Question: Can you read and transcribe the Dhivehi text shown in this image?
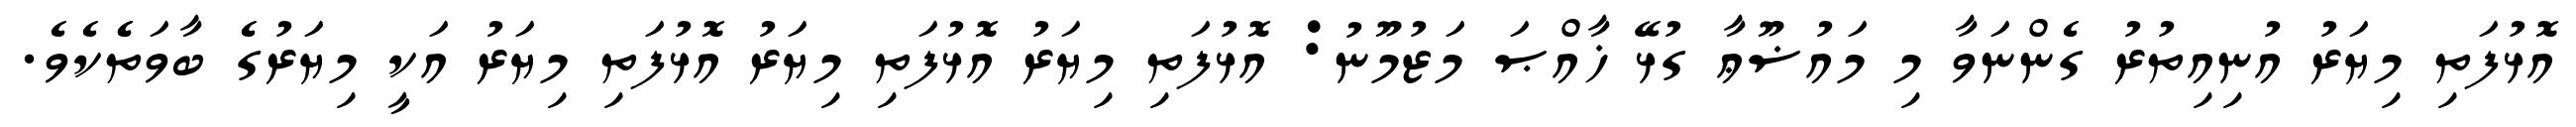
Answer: އޮޅުފަތި މިޔަރު އުނިއިތުރު ގެންނަވާ މި މައުޟޫޢާ ގުޅޭ ޚާއްޞަ މަޒުމޫނު: އޮޅުފަތި މިޔަރު އޮޅުފަތި މިޔަރު އޮޅުފަތި މިޔަރު އަކީ މިޔަރުގެ ބާވަތެެކެވެ.